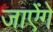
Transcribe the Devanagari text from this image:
जाऐंगे